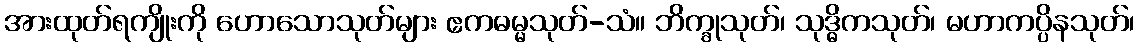
အားထုတ်ရကျိုးကို ဟောသောသုတ်များ ဧကဓမ္မသုတ်-သံ။ ဘိက္ခုသုတ်၊ သုဒ္ဓိကသုတ်၊ မဟာကပ္ပိနသုတ်၊